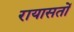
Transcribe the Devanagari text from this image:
रायासतों